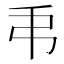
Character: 𢎣